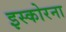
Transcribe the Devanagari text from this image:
इस्कोरना